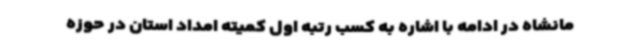
مانشاه در ادامه با اشاره به کسب رتبه اول کمیته امداد استان در حوزه